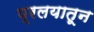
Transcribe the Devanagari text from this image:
प्रलयातून